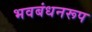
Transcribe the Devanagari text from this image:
भवबंधनरूप